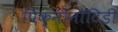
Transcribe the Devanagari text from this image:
पिक्नोनोटिडी